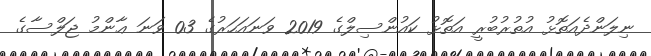
ނިލަންދެއަތޮޅު އުތުރުބުރީ އަތޮޅު ކައުންސިލްގެ 2019 ވަނައަހަރުގެ 03 ވަނަ ޢާންމު ޖަލްސާގެ